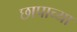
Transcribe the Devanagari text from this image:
छापाच्या